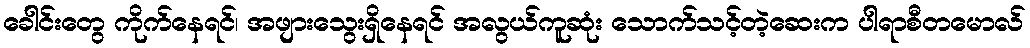
ခေါင်းတွေ ကိုက်နေရင်၊ အဖျားသွေးရှိနေရင် အလွယ်ကူဆုံး သောက်သင့်တဲ့ဆေးက ပါရာစီတမောလ်